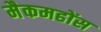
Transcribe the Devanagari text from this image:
मैकमहोंस